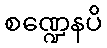
စဏ္ဍေနပိ